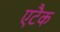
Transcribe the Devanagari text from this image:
एटैक